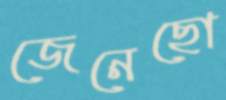
জেনেছো